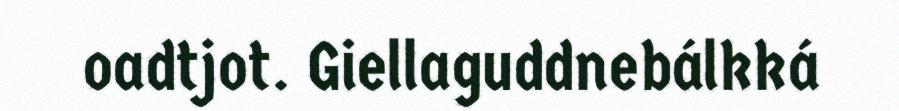
oadtjot. Giellaguddnebálkká